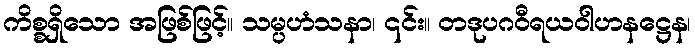
ကိစ္စရှိသော အဖြစ်ဖြင့်။ သမ္ပဟံသနာ၊ ၎င်း။ တဒုပဂဝီရယဝါဟနဋ္ဌေန၊